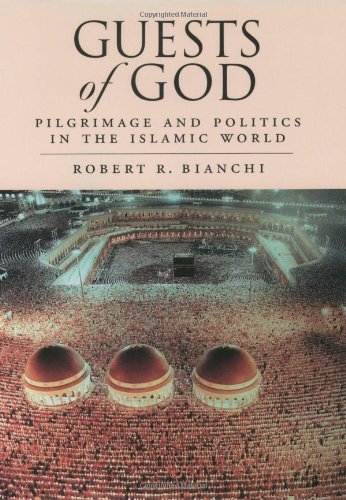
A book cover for Guests of God: Pilgrimage and Politics in the Islamic World; Robert R. Bianchi; Religion & Spirituality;